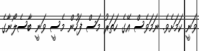
ވަނީ ކަމަށެވެ. ނަމަވެސް އޭގެ ހަތަރު މަސް ފަހުން މެސީ ވަނީ ބާސެލޯނާގެ